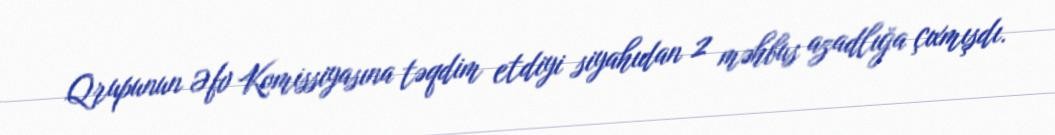
Qrupunun Əfv Komissiyasına təqdim etdiyi siyahıdan 2 məhbus azadlığa çıxmışdı.